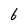
Character: 6